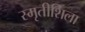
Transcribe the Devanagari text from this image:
स्मृतीशिला